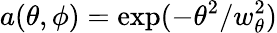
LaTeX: a(\theta,\phi)=\exp(-\theta^{2}/w_{\theta}^{2})